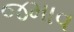
જમાવ